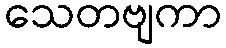
သေတဗျကာ